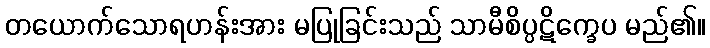
တယောက်သောရဟန်းအား မပြုခြင်းသည် သာမီစိပ္ပဋိက္ခေပ မည်၏။